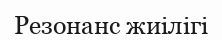
Резонанс жиілігі